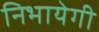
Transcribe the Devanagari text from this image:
निभायेगी